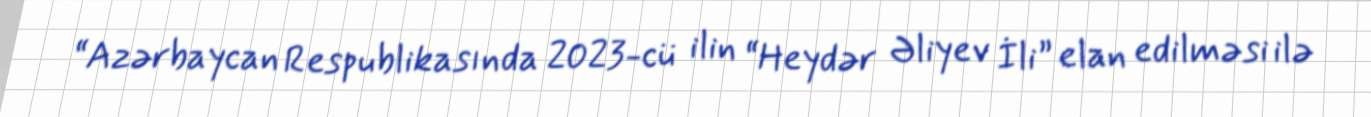
“Azərbaycan Respublikasında 2023-cü ilin “Heydər Əliyev İli” elan edilməsi ilə